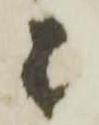
は